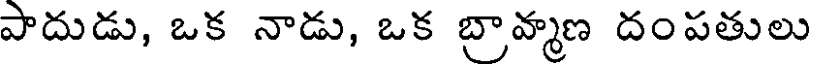
పాదుడు, ఒక నాడు, ఒక బ్రావ్మణ దంపతులు